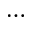
\ldots